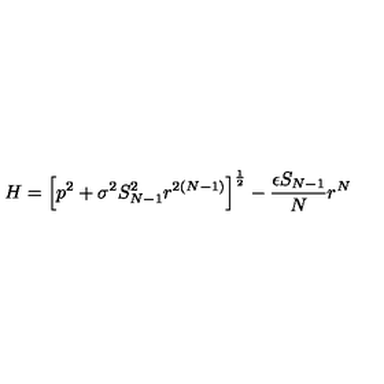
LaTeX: H = \left[ p ^ { 2 } + \sigma ^ { 2 } S _ { N - 1 } ^ { 2 } r ^ { 2 ( N - 1 ) } \right] ^ { \frac 1 2 } - \frac { \epsilon S _ { N - 1 } } { N } r ^ { N }